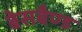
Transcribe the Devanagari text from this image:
बेसबैण्ड